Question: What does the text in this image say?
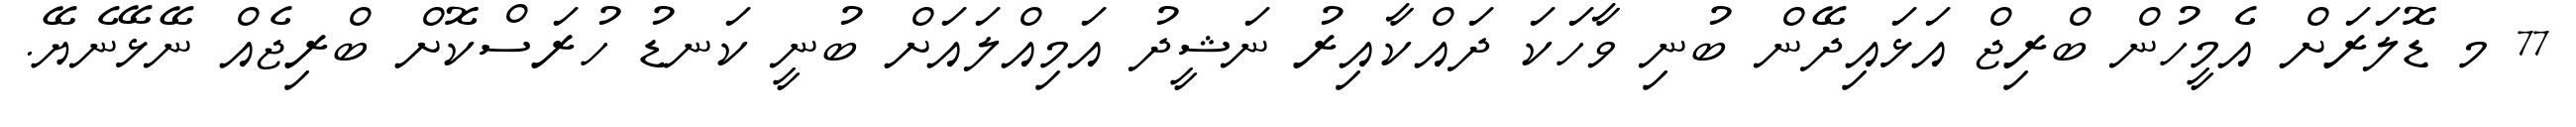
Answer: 77 މ ޑޮލަރަށް އެމީހުން ބްރިޖް އަޅައިދޭން ބުނި ވާހަކަ ދައްކާއިރު ނަޝީދު އަމިއްލައަށް ބުނީ ކަނޑު ހުރަސްކޮށް ބްރިޖެއް ނޭޅޭނެޔޭ.